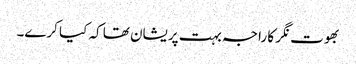
بھوت نگر کا راجہ بہت پریشان تھا کہ کیا کرے۔